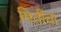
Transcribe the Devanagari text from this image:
मितींचा